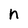
Character: n